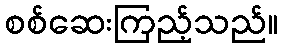
စစ်ဆေးကြည့်သည်။